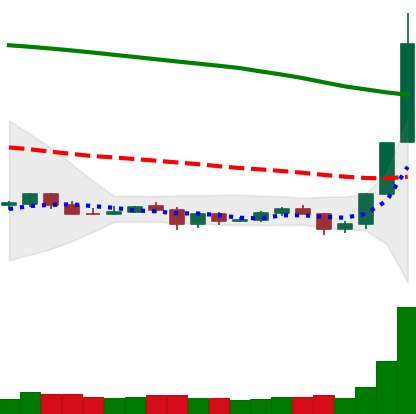
Ticker: NEO-USD
Chart end date: 2019-10-27
Forward return: -7.733%
Label: down_7plus